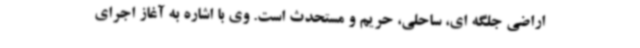
اراضی جلگه ای، ساحلی، حریم و مستحدث است. وی با اشاره به آغاز اجرای